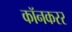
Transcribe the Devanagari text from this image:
कॉनकरर